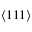
\langle 1 1 1 \rangle